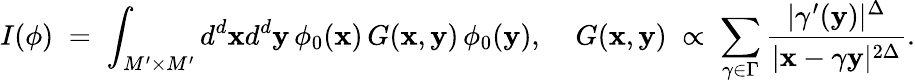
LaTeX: I(\phi)\; =\; \int_{M^{\prime}\times M^{\prime}}d^{d}{\mathbf x}d^{d}{\mathbf y}\, \phi_{0}({\mathbf x})\, G({\mathbf x},{\mathbf y})\, \phi_{0}({\mathbf y}),\; \; \; \; G({\mathbf x},{\mathbf y})\; \propto\; \sum_{\gamma\in\Gamma}\frac{|\gamma^{\prime}({\mathbf y})|^{\Delta}}{|{\mathbf x}-\gamma{\mathbf y}|^{2\Delta}}.